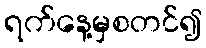
ရက်နေ့မှစတင်၍